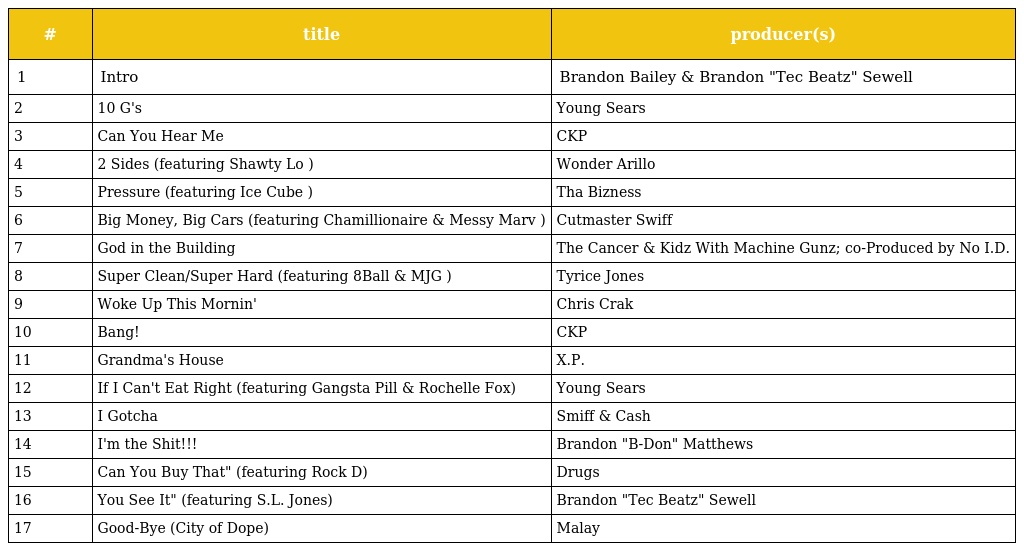
| # | title | producer(s) |
 | --- | --- | --- |
 | 1 | Intro | Brandon Bailey & Brandon "Tec Beatz" Sewell |
 | 2 | 10 G's | Young Sears |
 | 3 | Can You Hear Me | CKP |
 | 4 | 2 Sides (featuring Shawty Lo ) | Wonder Arillo |
 | 5 | Pressure (featuring Ice Cube ) | Tha Bizness |
 | 6 | Big Money, Big Cars (featuring Chamillionaire & Messy Marv ) | Cutmaster Swiff |
 | 7 | God in the Building | The Cancer & Kidz With Machine Gunz; co-Produced by No I.D. |
 | 8 | Super Clean/Super Hard (featuring 8Ball & MJG ) | Tyrice Jones |
 | 9 | Woke Up This Mornin' | Chris Crak |
 | 10 | Bang! | CKP |
 | 11 | Grandma's House | X.P. |
 | 12 | If I Can't Eat Right (featuring Gangsta Pill & Rochelle Fox) | Young Sears |
 | 13 | I Gotcha | Smiff & Cash |
 | 14 | I'm the Shit!!! | Brandon "B-Don" Matthews |
 | 15 | Can You Buy That" (featuring Rock D) | Drugs |
 | 16 | You See It" (featuring S.L. Jones) | Brandon "Tec Beatz" Sewell |
 | 17 | Good-Bye (City of Dope) | Malay |